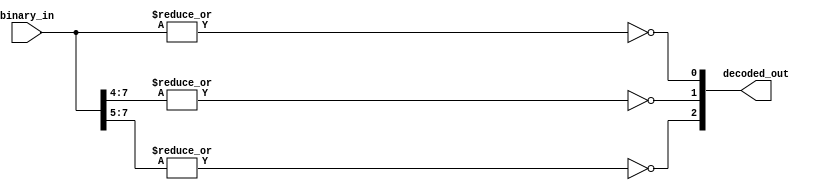
module octal_decoder (
    input [7:0] binary_in,
    output [2:0] decoded_out
);

assign decoded_out[0] = ~|binary_in;
assign decoded_out[1] = ~|{binary_in[7:4]};
assign decoded_out[2] = ~|{binary_in[7:5]};

endmodule